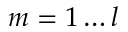
m = 1 \ldots l